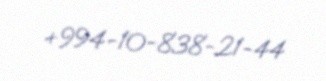
+994-10-838-21-44